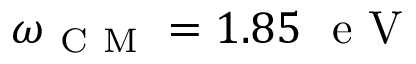
\omega _ { \mathrm { ~ C ~ M ~ } } = 1 . 8 5 \ \mathrm { ~ e ~ V ~ }